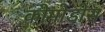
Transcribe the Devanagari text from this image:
कोमोडोस